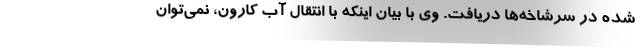
شده در سرشاخه‌ها دریافت. وی با بیان اینکه با انتقال آب کارون، نمی‌توان